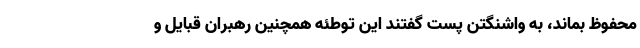
محفوظ بماند، به واشنگتن پست گفتند این توطئه همچنین رهبران قبایل و